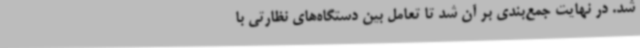
شد. در نهایت جمع‌بندی بر آن شد تا تعامل بین دستگاه‌های نظارتی با